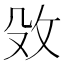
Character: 𮳀